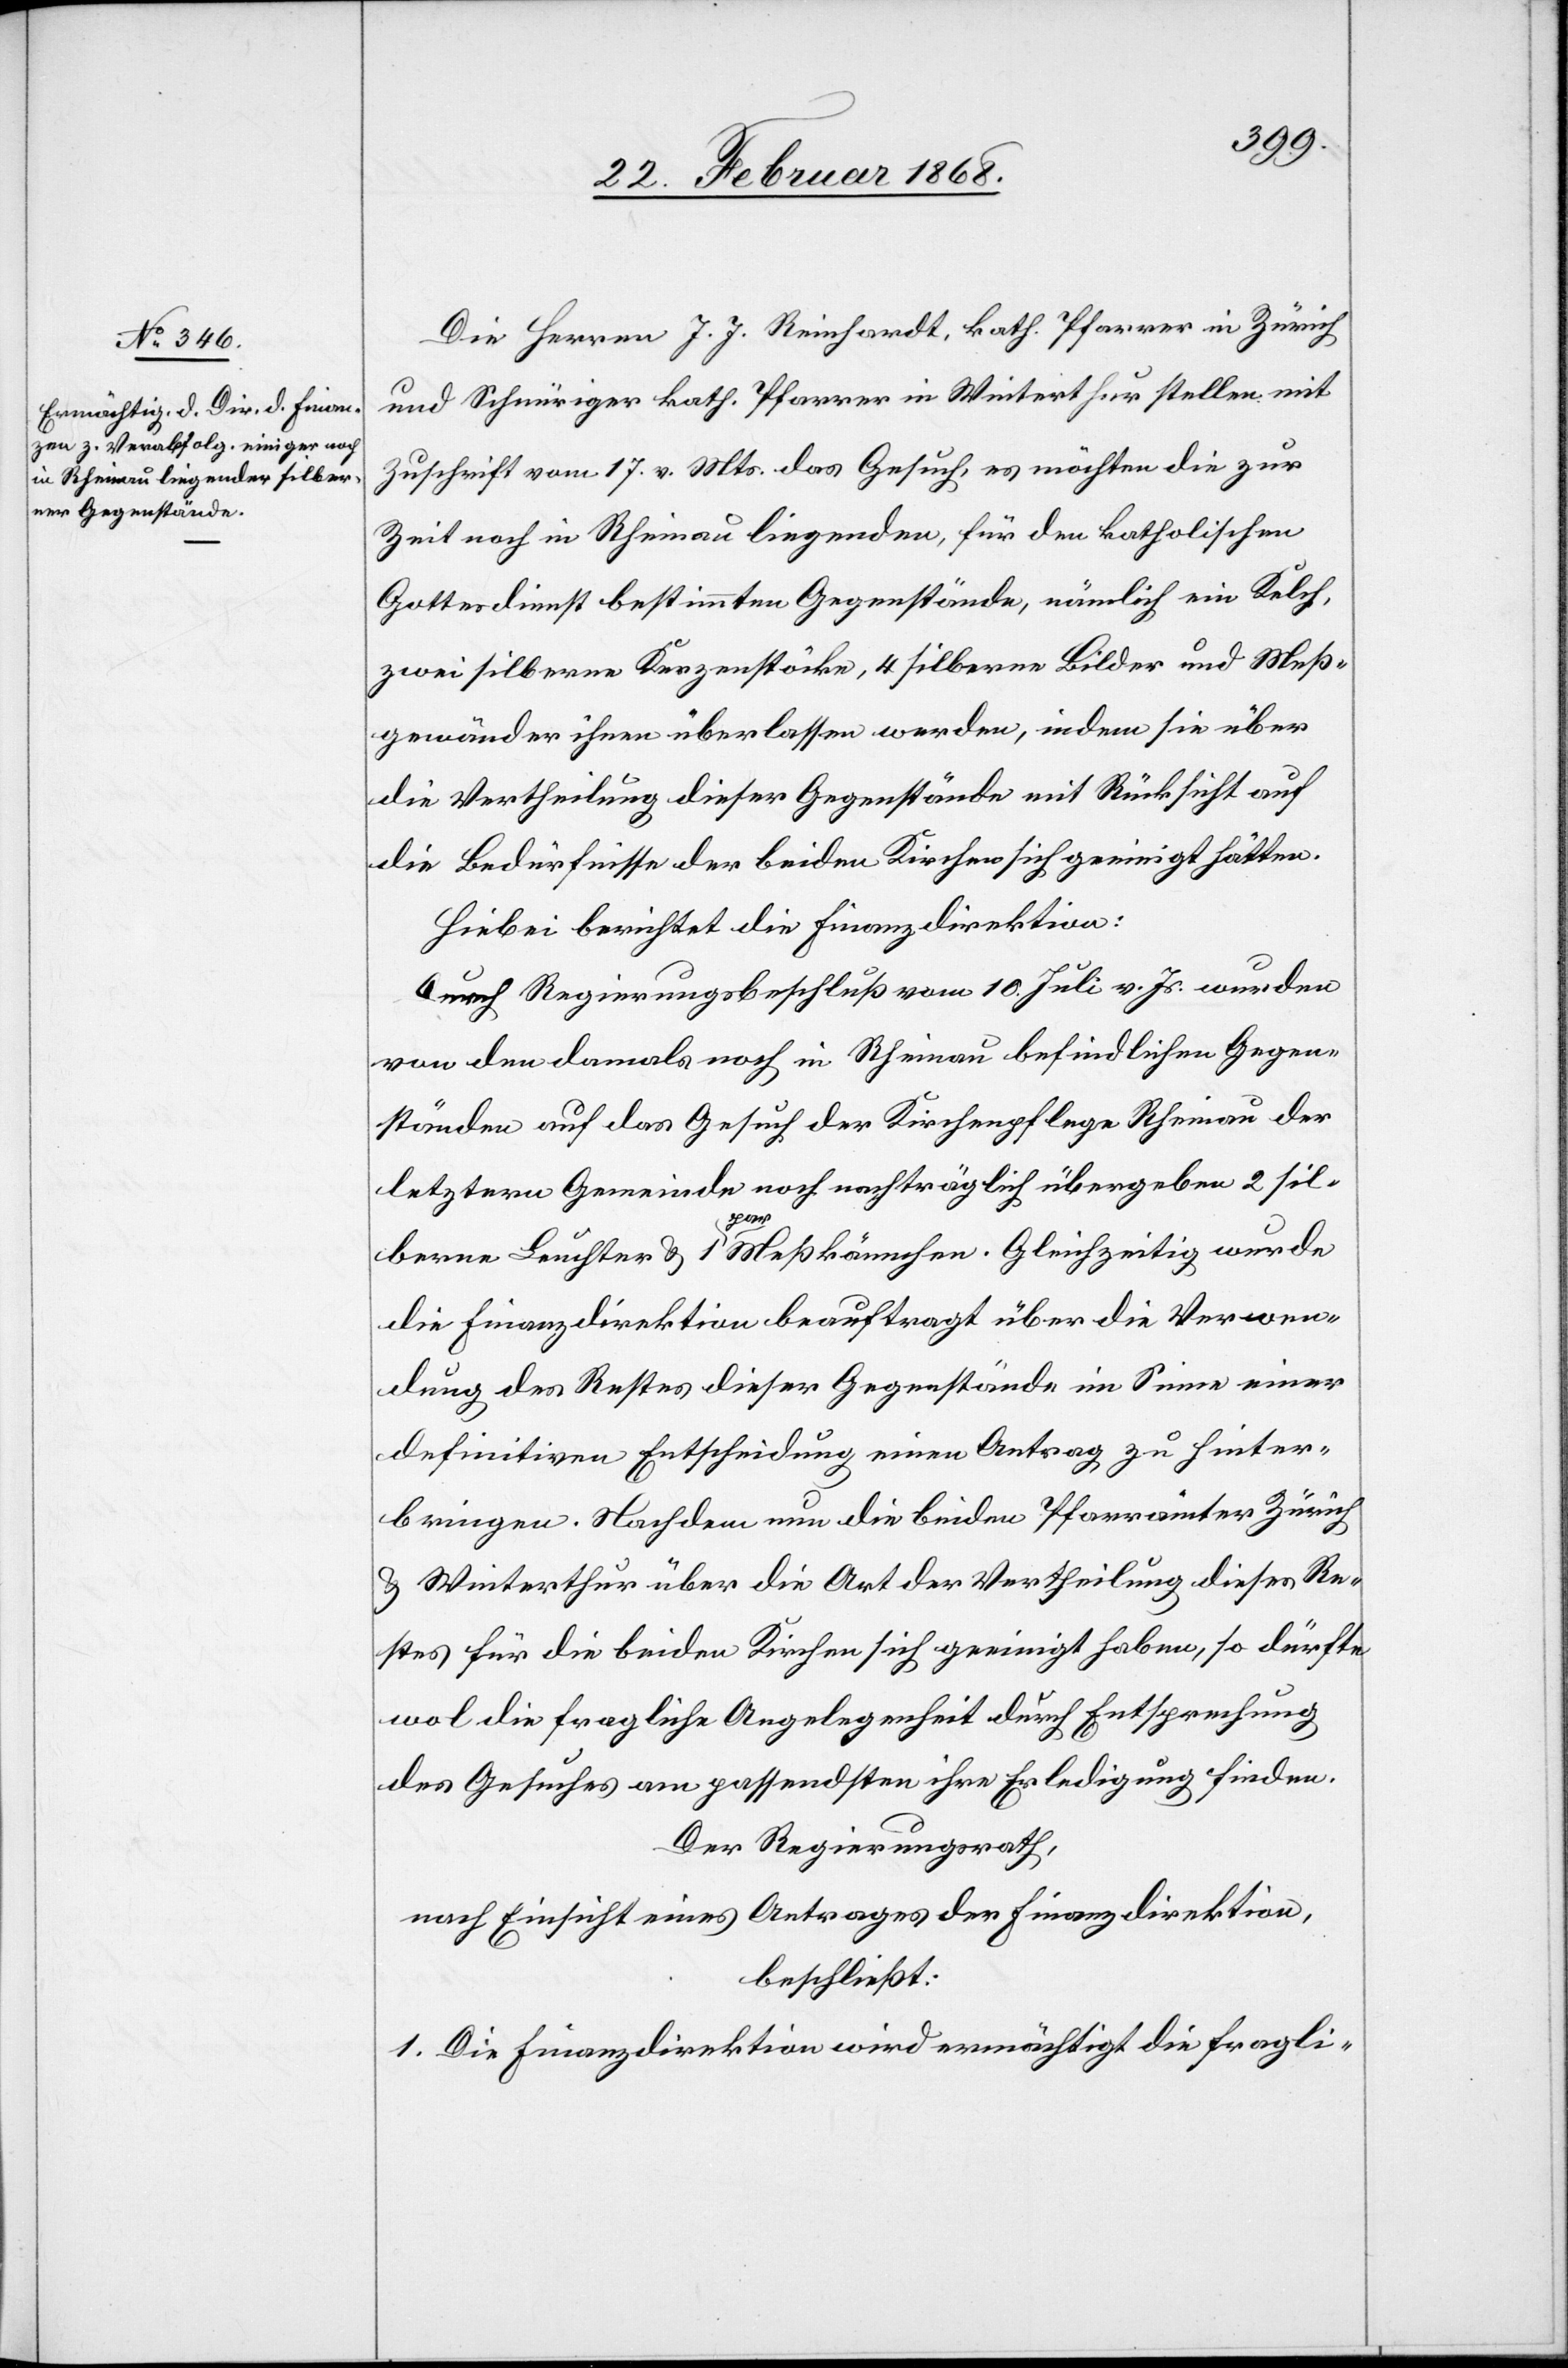
Die Herren J. J. Reinhardt, kath. Pfarrer in Zürich
und Schnüriger kath. Pfarrer in Winterthur stellen mit
Zuschrift vom 17. v. Mts. das Gesuch, es möchten die zur
Zeit noch in Rheinau liegenden, für den katholischen
Gottesdienst bestimmten Gegenstände, nämlich ein Kelch,
zwei silberne Kerzenstöcke, 4 silberne Bilder und Meß¬
gewänder ihnen überlassen werden, indem sie über
die Vertheilung dieser Gegenstände mit Rücksicht auf
die Bedürfnisse der beiden Kirchen sich geeinigt hätten.
Hiebei berichtet die Finanzdirektion:
Durch Regierungsbeschluß vom 10. Juli v. Js. wurden
von den damals noch in Rheinau befindlichen Gegen¬
ständen auf das Gesuch der Kirchenpflege Rheinau der
letztern Gemeinde noch nachträglich übergeben 2 sil¬
berne Leuchter & 1 pa[a]r Meßkännchen. Gleichzeitig wurde
die Finanzdirektion beauftragt über die Verwen¬
dung des Restes dieser Gegenstände im Sinne einer
definitiven Entscheidung einen Antrag zu hinter¬
bringen. Nachdem nun die beiden Pfarrämter Zürich
& Winterthur über die Art der Vertheilung dieses Re¬
stes für die beiden Kirchen sich geeinigt haben, so dürfte
wol die fragliche Angelegenheit durch Entsprechung
des Gesuches am passendsten ihre Erledigung finden.
Der Regierungsrath,
nach Einsicht eines Antrages der Finanzdirektion,
beschließt:
1. Die Finanzdirektion wird ermächtigt die fragli-